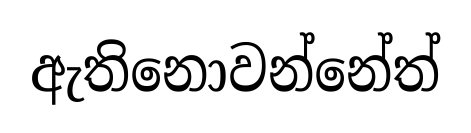
ඇතිනොවන්නේත්